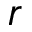
r